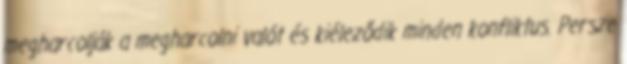
megharcolják a megharcolni valót és kiéleződik minden konfliktus. Persze